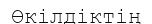
Өкілдіктің